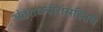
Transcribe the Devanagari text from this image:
अंतराळवीरांसहितचे